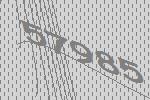
57985